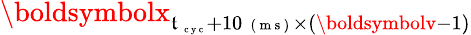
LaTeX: \boldsymbolx_{\mathfrak{t}_{\mathrm{{~\scriptsize~c~y~c~}}}+10\mathrm{{~\scriptsize~(~m~s~)~}}\times(\boldsymbolv-1)}